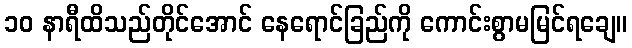
၁၀ နာရီထိသည်တိုင်အောင် နေရောင်ခြည်ကို ကောင်းစွာမမြင်ရချေ။